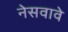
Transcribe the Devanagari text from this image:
नेसवावे